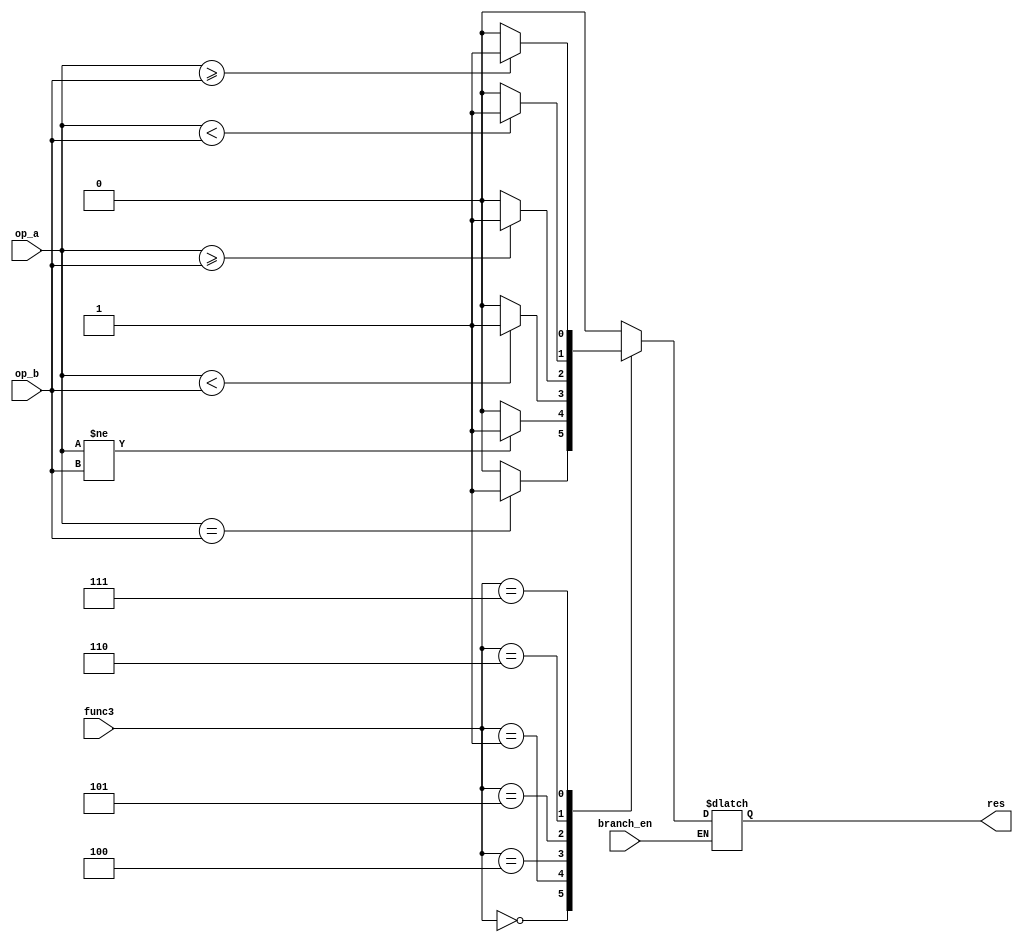
module branch(op_a,op_b,res,branch_en,func3); 
input wire [31:0]op_a;
input wire [31:0]op_b;
input wire branch_en;
input wire [2:0]func3;
output reg res;

always @(*) begin
    if(branch_en)begin
        case (func3)
                    3'b000: res = (op_a == op_b)? 1:0; //beq
                    3'b001: res = (op_a != op_b)? 1:0; //bne
                    3'b100: res = ($signed(op_a) < $signed(op_b))? 1:0; //blt
                    3'b101: res = ($signed(op_a) >= $signed(op_b))? 1:0; //bge
                    3'b110: res = (op_a < op_b)? 1:0; //bltu
                    3'b111: res = (op_a >= op_b)? 1:0; //bgeu 
                    default : begin 
                        res = 0;
                    end
        endcase
    end
end
endmodule